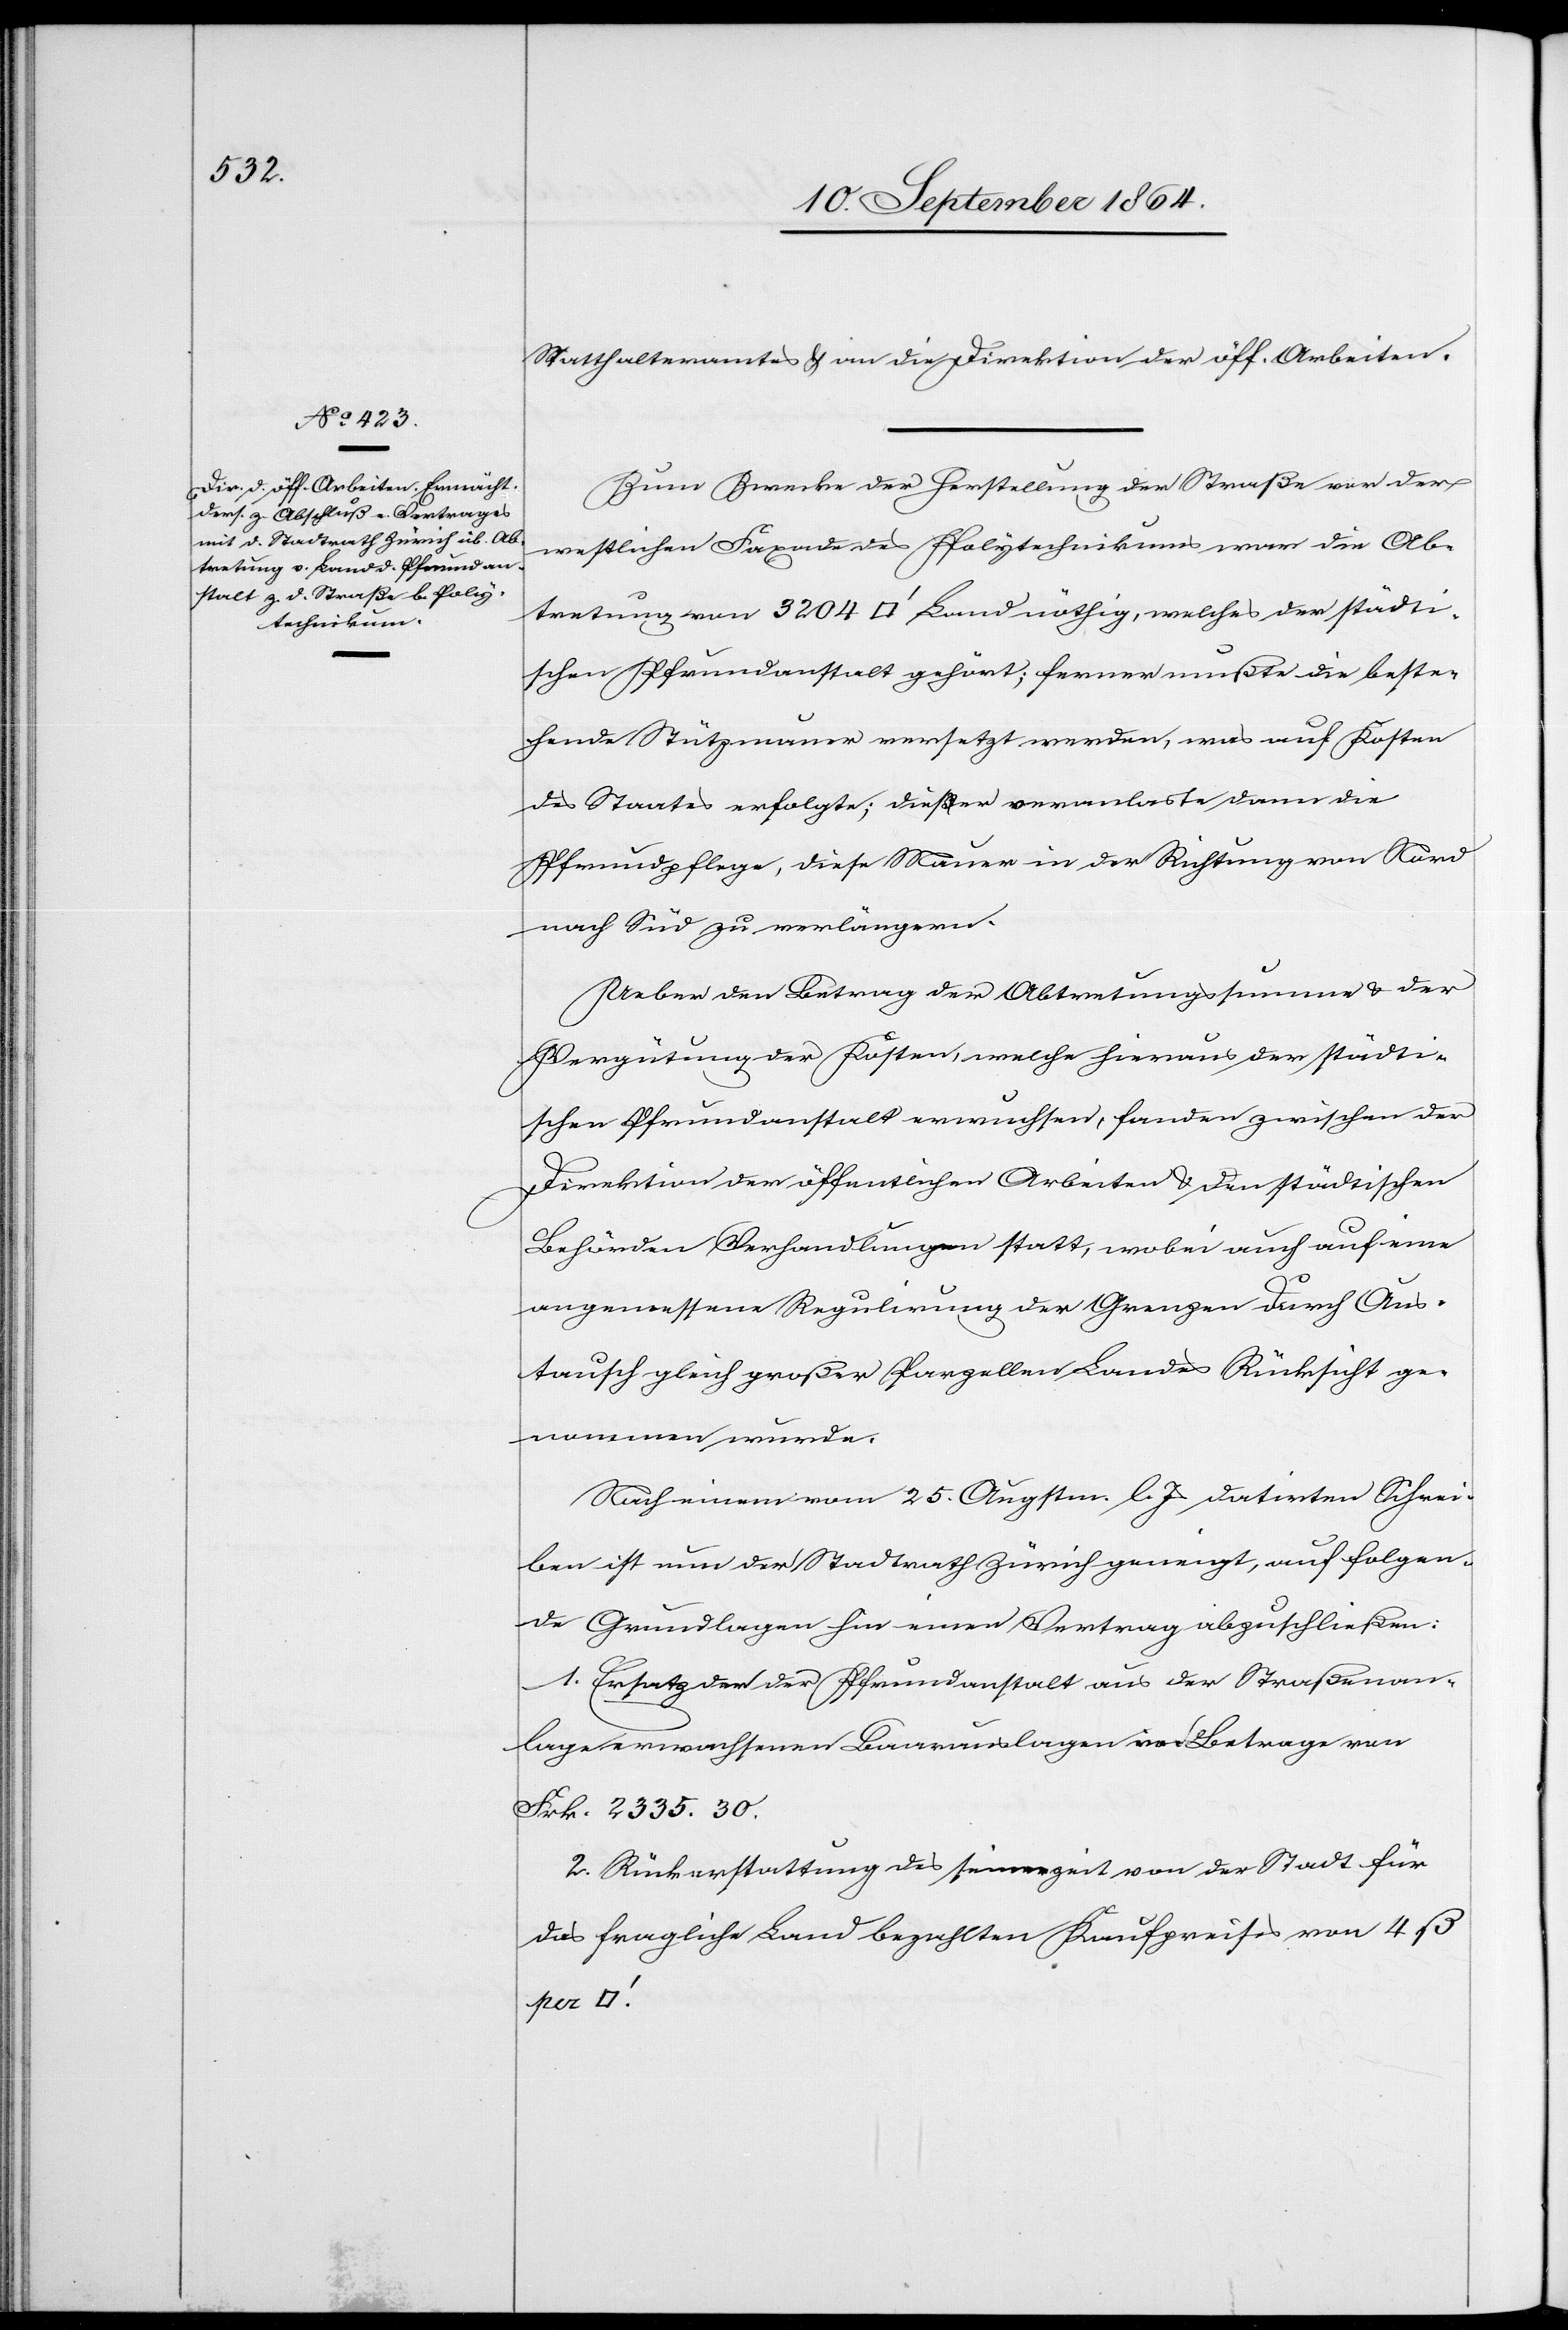
Statthalteramtes & an die Direktion der öff. Arbeiten.
Zum Zwecke der Herstellung der Straße vor der
westlichen Facade des Polytechnikums war die Ab¬
tretung von 3 204 [Quadratfuss] Land nöthig, welches der städti¬
schen Pfrundanstalt gehört; ferner mußte die beste¬
hende Stützmauer versetzt werden, was auf Kosten
des Staates erfolgt; dieser veranlas[s]te dann die
Pfrundpflege, diese Mauer in der Richtung von Nord
nach Süd zu verlängern.
Ueber den Betrag der Abtretungssumme & der
Vergütung der Kosten, welche hieraus der städti¬
schen Pfrundanstalt erwuchsen, fanden zwischen der
Direktion der öffentlichen Arbeiten & den städtischen
Behörden Verhandlungen statt, wobei auch auf eine
angemessene Regulirung der Grenzen durch Aus¬
tausch gleich großer Parzellen Landes Rücksicht ge¬
nommen wurde.
Nach einem vom 25. Augstm. l. Js datirten Schrei¬
ben ist nun der Stadtrath Zürich geneigt, auf folgen¬
de Grundlagen hin einen Vertrag abzuschließen:
1. Ersatz der der Pfrundanstalt aus der Straßenan¬
lage erwachsenen Baarauslagen im Betrage von
Frk. 2 335.30.
2. Rückerstattung des seinerzeit von der Stadt für
das fragliche Land bezahlten Kaufpreises von 4 ß
per